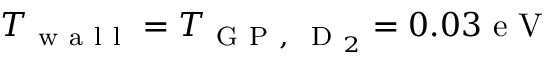
T _ { \mathrm { ~ w ~ a ~ l ~ l ~ } } = T _ { \mathrm { ~ G ~ P ~ , ~ } \mathrm { ~ D ~ } _ { 2 } } = 0 . 0 3 \mathrm { ~ e ~ V ~ }